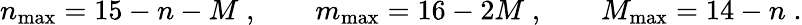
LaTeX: n_{\mathrm{max}}=15-n-M\; ,\qquad m_{\mathrm{max}}=16-2M\; ,\qquad M_{\mathrm{max}}=14-n\; .